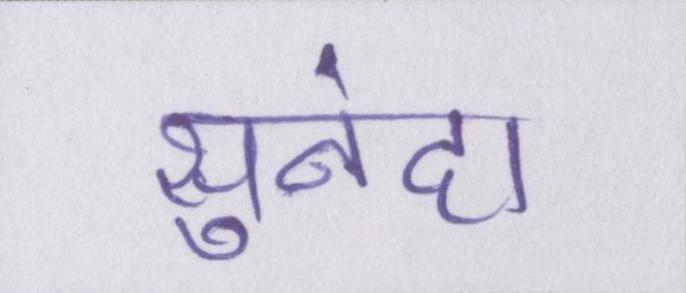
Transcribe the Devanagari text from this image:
सुनंदा